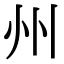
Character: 州